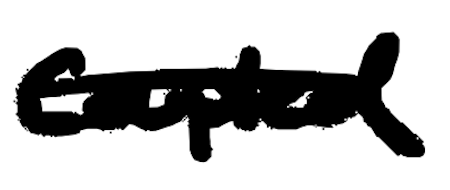
Text: coupled
Cross-out: mix
Writing tool: digital_black